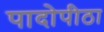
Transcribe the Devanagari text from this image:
पादोपीठा